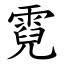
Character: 霓